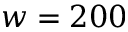
w = 2 0 0